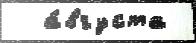
  а́вгуста